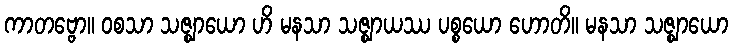
ကာတဗ္ဗော။ ဝစသာ သဇ္ဈာယော ဟိ မနသာ သဇ္ဈာယဿ ပစ္စယော ဟောတိ။ မနသာ သဇ္ဈာယော